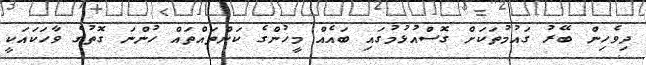
ދިވެހިން ބޭރު ގައުމުތަކަށް ގޮސްއުޅުމުގައި ބައެއް މީހުންގެ ކަންތައްތައް ހުންނަ ގޮތުގެ ވާހަކައަކީ